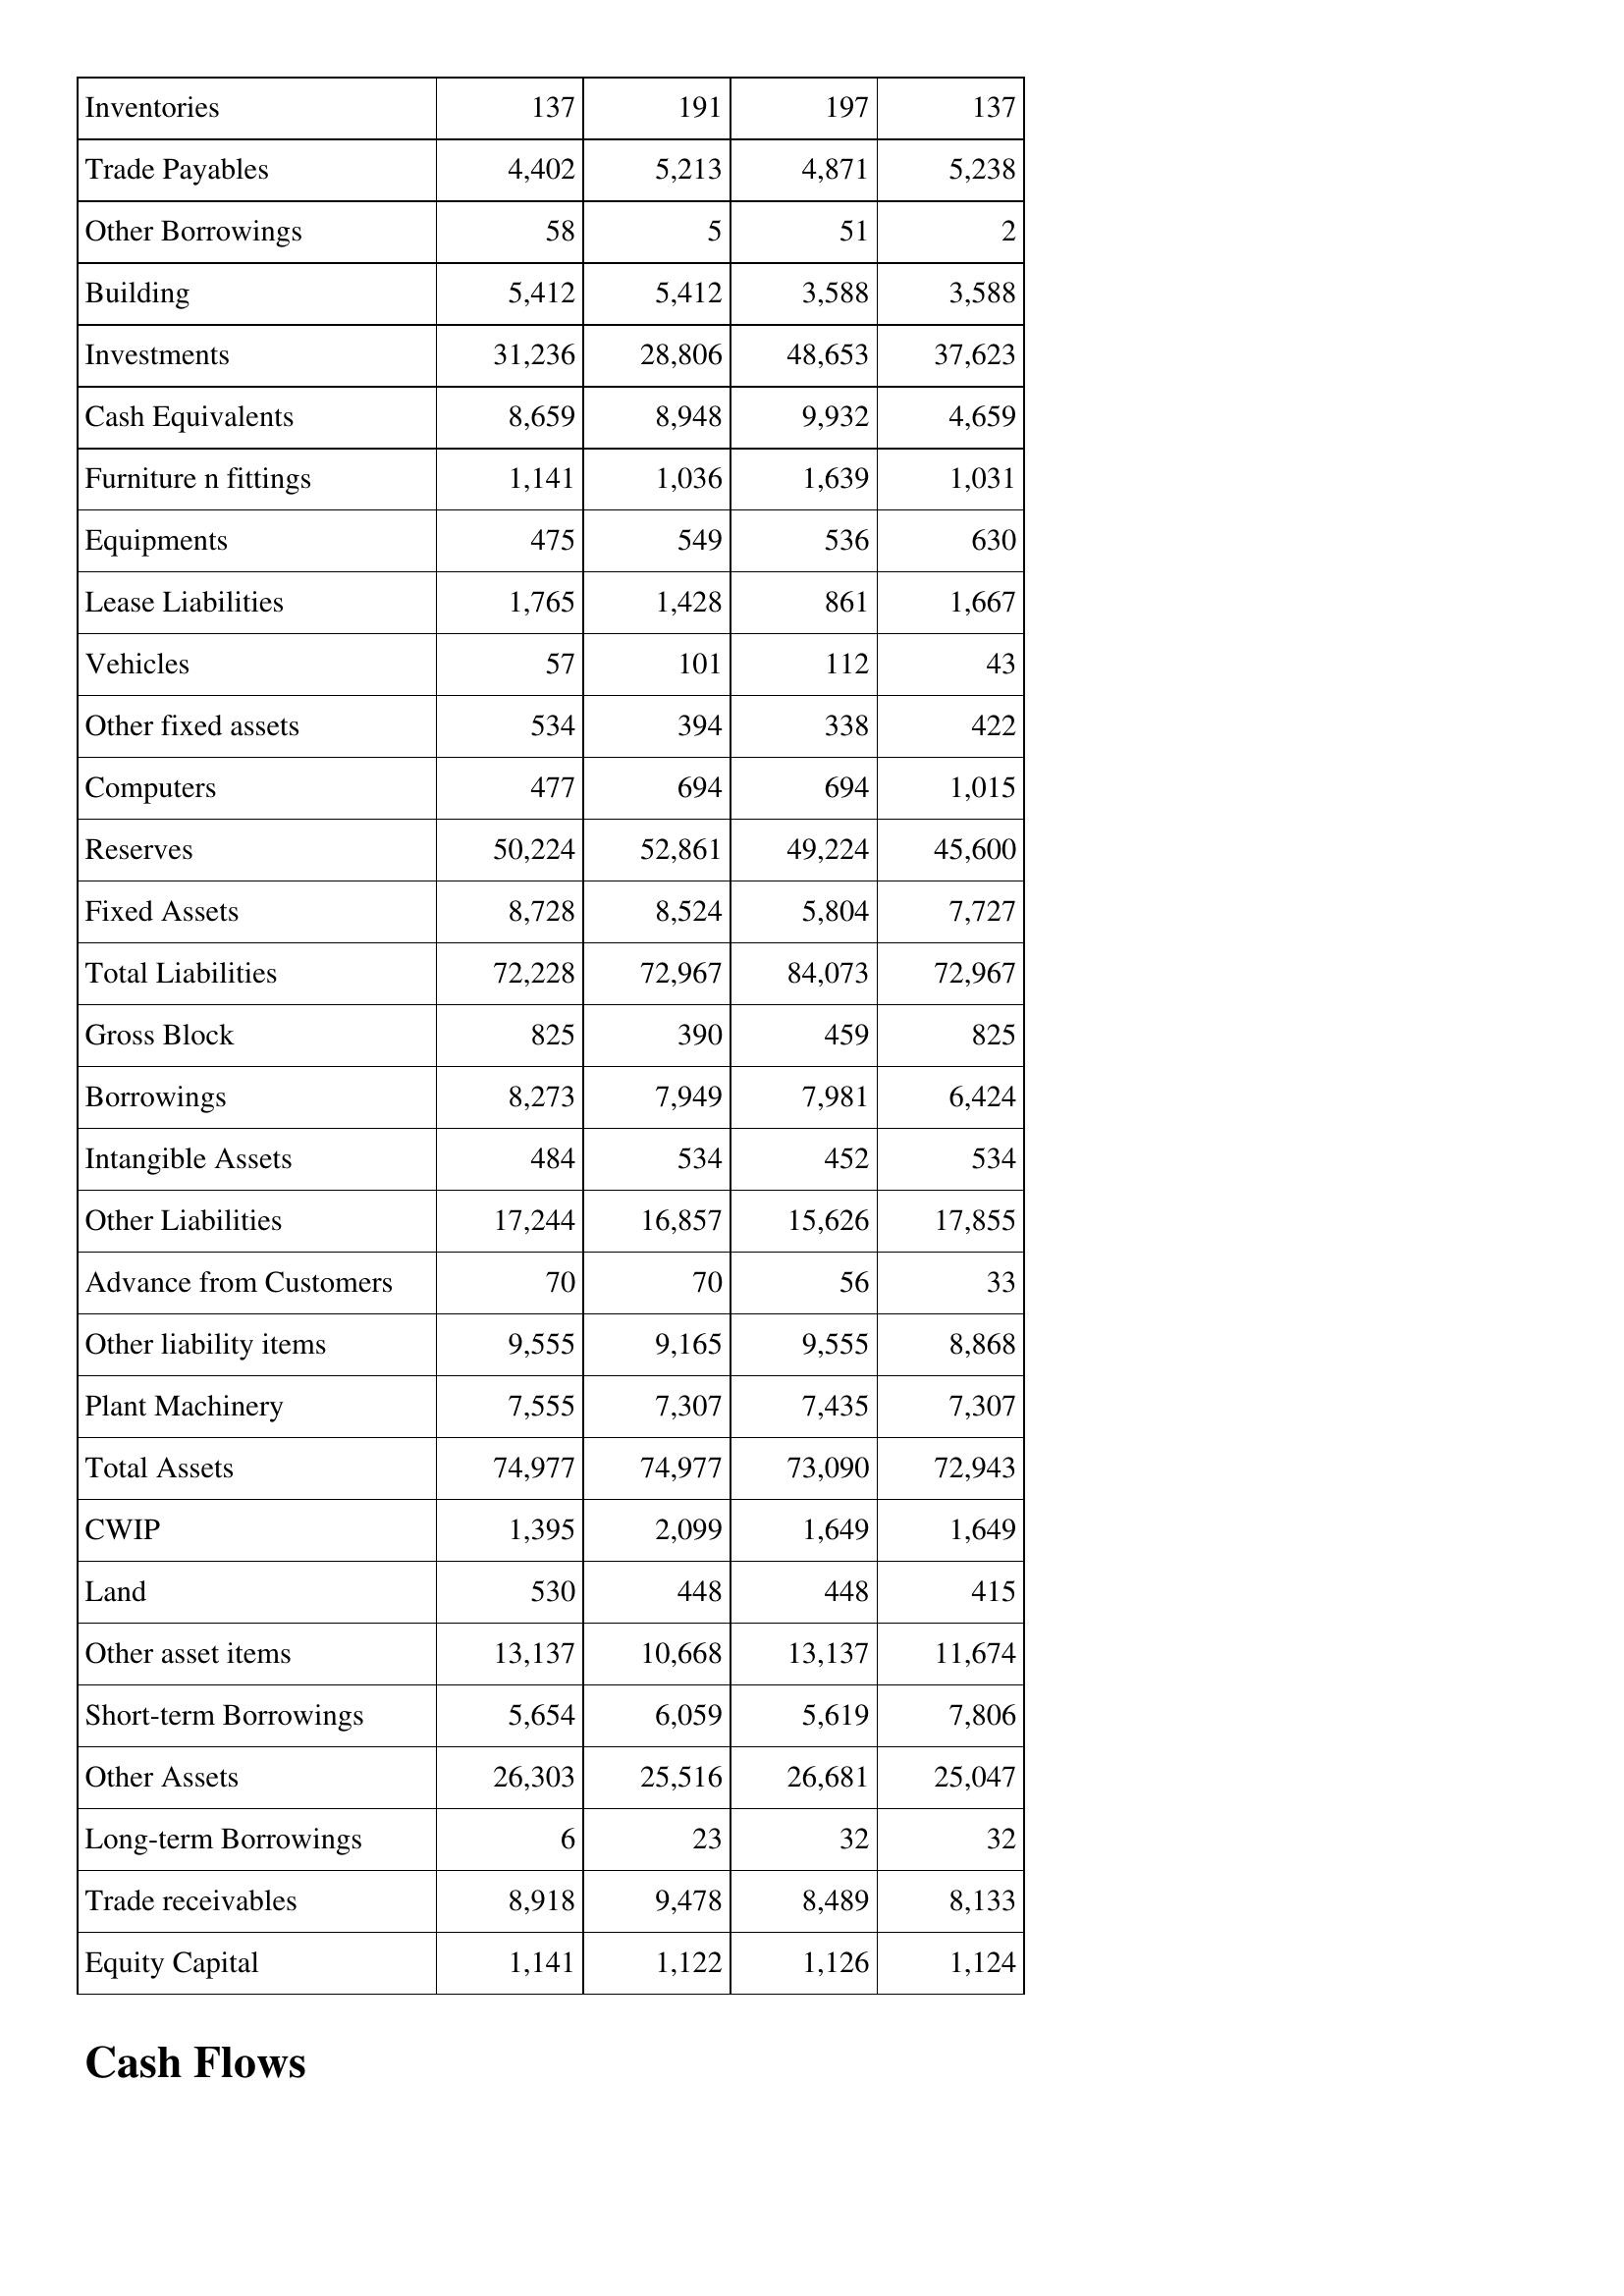
May-12: Balance Sheet: Inventories: 137
Trade Payables: 4,402
Other Borrowings: 58
Building: 5,412
Investments: 31,236
Cash Equivalents: 8,659
Furniture n fittings: 1,141
Equipments: 475
Lease Liabilities: 1,765
Vehicles: 57
Other fixed assets: 534
Computers: 477
Reserves: 50,224
Fixed Assets: 8,728
Total Liabilities: 72,228
Gross Block: 825
Borrowings: 8,273
Intangible Assets: 484
Other Liabilities: 17,244
Advance from Customers: 70
Other liability items: 9,555
Plant Machinery: 7,555
Total Assets: 74,977
CWIP: 1,395
Land: 530
Other asset items: 13,137
Short-term Borrowings: 5,654
Other Assets: 26,303
Long-term Borrowings: 6
Trade receivables: 8,918
Equity Capital: 1,141
May-11: Balance Sheet: Inventories: 191
Trade Payables: 5,213
Other Borrowings: 5
Building: 5,412
Investments: 28,806
Cash Equivalents: 8,948
Furniture n fittings: 1,036
Equipments: 549
Lease Liabilities: 1,428
Vehicles: 101
Other fixed assets: 394
Computers: 694
Reserves: 52,861
Fixed Assets: 8,524
Total Liabilities: 72,967
Gross Block: 390
Borrowings: 7,949
Intangible Assets: 534
Other Liabilities: 16,857
Advance from Customers: 70
Other liability items: 9,165
Plant Machinery: 7,307
Total Assets: 74,977
CWIP: 2,099
Land: 448
Other asset items: 10,668
Short-term Borrowings: 6,059
Other Assets: 25,516
Long-term Borrowings: 23
Trade receivables: 9,478
Equity Capital: 1,122
May-10: Balance Sheet: Inventories: 197
Trade Payables: 4,871
Other Borrowings: 51
Building: 3,588
Investments: 48,653
Cash Equivalents: 9,932
Furniture n fittings: 1,639
Equipments: 536
Lease Liabilities: 861
Vehicles: 112
Other fixed assets: 338
Computers: 694
Reserves: 49,224
Fixed Assets: 5,804
Total Liabilities: 84,073
Gross Block: 459
Borrowings: 7,981
Intangible Assets: 452
Other Liabilities: 15,626
Advance from Customers: 56
Other liability items: 9,555
Plant Machinery: 7,435
Total Assets: 73,090
CWIP: 1,649
Land: 448
Other asset items: 13,137
Short-term Borrowings: 5,619
Other Assets: 26,681
Long-term Borrowings: 32
Trade receivables: 8,489
Equity Capital: 1,126
May-09: Balance Sheet: Inventories: 137
Trade Payables: 5,238
Other Borrowings: 2
Building: 3,588
Investments: 37,623
Cash Equivalents: 4,659
Furniture n fittings: 1,031
Equipments: 630
Lease Liabilities: 1,667
Vehicles: 43
Other fixed assets: 422
Computers: 1,015
Reserves: 45,600
Fixed Assets: 7,727
Total Liabilities: 72,967
Gross Block: 825
Borrowings: 6,424
Intangible Assets: 534
Other Liabilities: 17,855
Advance from Customers: 33
Other liability items: 8,868
Plant Machinery: 7,307
Total Assets: 72,943
CWIP: 1,649
Land: 415
Other asset items: 11,674
Short-term Borrowings: 7,806
Other Assets: 25,047
Long-term Borrowings: 32
Trade receivables: 8,133
Equity Capital: 1,124